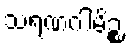
သရဏဂါမိဉ္စ